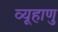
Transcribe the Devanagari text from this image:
व्यूहाणु